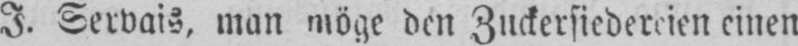
einen